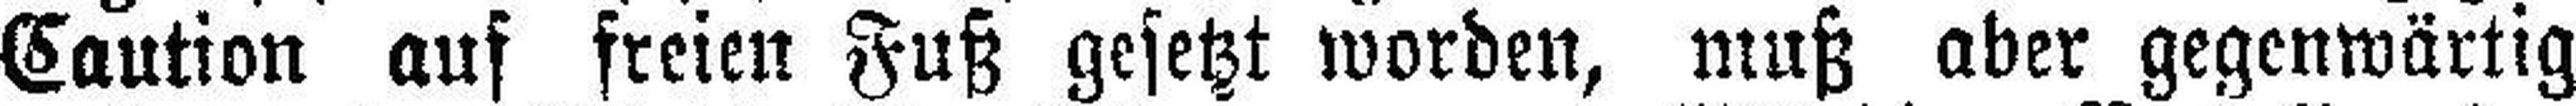
Caution auf freien Fuß gesetzt worden, muß aber gegenwärtig